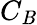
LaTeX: C_{\mathit{B}}